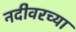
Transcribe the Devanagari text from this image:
नदीवरच्या